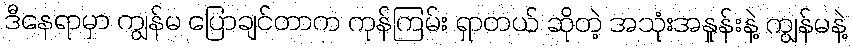
ဒီနေရာမှာ ကျွန်မ ပြောချင်တာက ကုန်ကြမ်း ရှာတယ် ဆိုတဲ့ အသုံးအနှုန်းနဲ့ ကျွန်မနဲ့